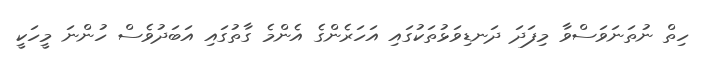
ހިތް ނުތަނަވަސްވާ މިފަދަ ދަނޑިވަޅުތަކުގައި އަހަރެންގެ އެންމެ ގާތުގައި އަބަދުވެސް ހުންނަ މީހަކީ